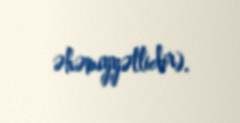
əhəmiyyətlidir).